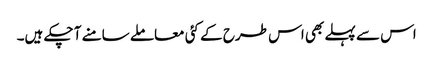
اس سے پہلے بھی اس طرح کے کئی معاملے سامنے آ چکے ہیں۔